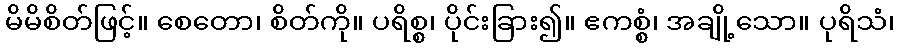
မိမိစိတ်ဖြင့်။ စေတော၊ စိတ်ကို။ ပရိစ္စ၊ ပိုင်းခြား၍။ ဧကစ္စံ၊ အချို့သော။ ပုရိသံ၊